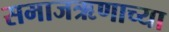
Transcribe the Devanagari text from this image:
समाजऋणाच्या